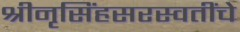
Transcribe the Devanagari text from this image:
श्रीनृसिंहसरस्वतींचे